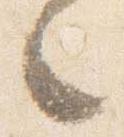
々